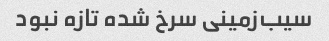
سیب‌زمینی سرخ شده تازه نبود